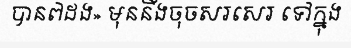
បាន៧ដង» មុននឹងចុចសរសេរ ទៅក្នុង